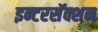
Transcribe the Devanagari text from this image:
इन्टरसॅक्शन